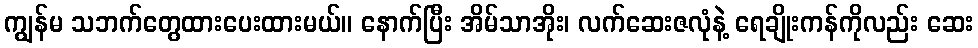
ကျွန်မ သဘက်တွေထားပေးထားမယ်။ နောက်ပြီး အိမ်သာအိုး၊ လက်ဆေးဇလုံနဲ့ ရေချိုးကန်ကိုလည်း ဆေး